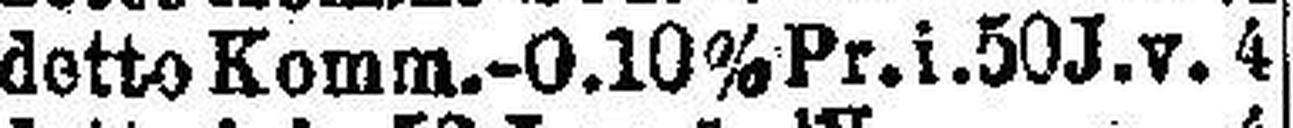
detto Komm.-O. 10% Pr. i. 50 J. v. 4